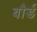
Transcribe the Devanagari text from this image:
बौर्ड